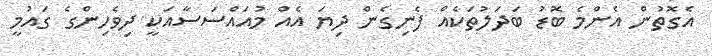
އެގޮތުން އެންމެ ބޮޑު ބަދަލުތަކެއް ފެނިގެން ދިޔަ އެއް މުއައްސަސާއަކީ ދިވެހިންގެ ގައުމީ